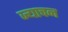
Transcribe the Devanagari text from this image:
ज्याचन